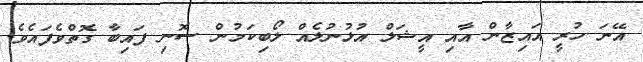
އޭނަ ހުރީ އައިޒާން އާއި އީޝަލް އުޅުނުލެއް ލޯބިކަމުން ސޮނި ފައިބާ ގޮތްވެފައެވެ.